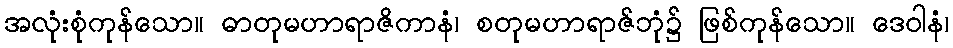
အလုံးစုံကုန်သော။ ဓာတုမဟာရာဇိကာနံ၊ စတုမဟာရာဇ်ဘုံ၌ ဖြစ်ကုန်သော။ ဒေဝါနံ၊